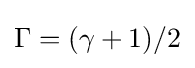
\Gamma =(\gamma +1)/2